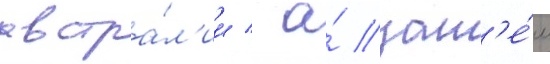
австра́л'ии / а́ зат'е́м